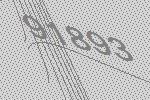
91893